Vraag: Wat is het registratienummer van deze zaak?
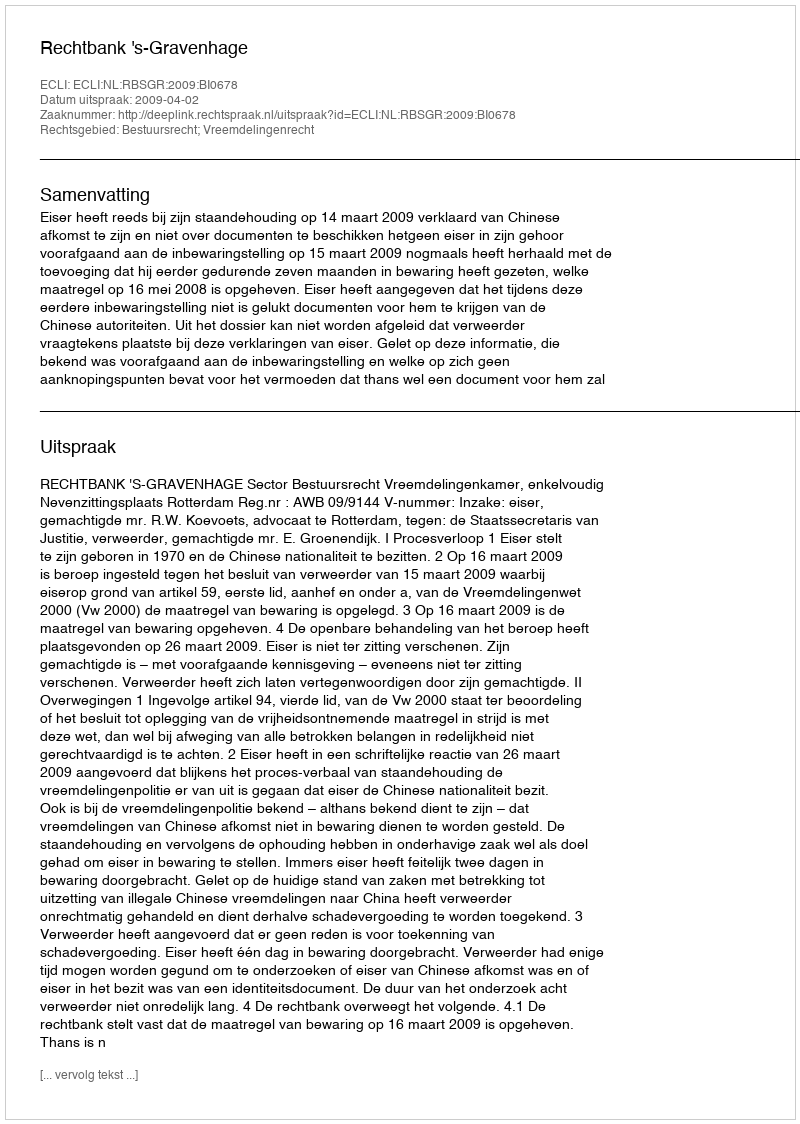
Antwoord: http://deeplink.rechtspraak.nl/uitspraak?id=ECLI:NL:RBSGR:2009:BI0678